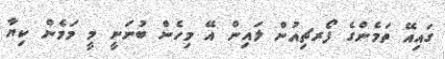
ގައިއޭ ތަމެންގެ ފޯރޗިއުން ލައިން އޭ މިހެން ބުނަނީ މީ މަމެން ކިޔާ